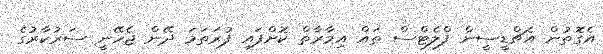
އެގޮތުން އެޗްޑީސީން ފްލެޓްސް ތައް އިމާރާތް ކޮށްފައި ފުރަތަމަ ދޭން ޖެހޭނީ ސަރުކާރުގެ